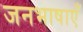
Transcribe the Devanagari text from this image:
जनभाषाएँ